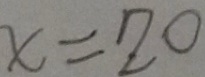
x = 2 0